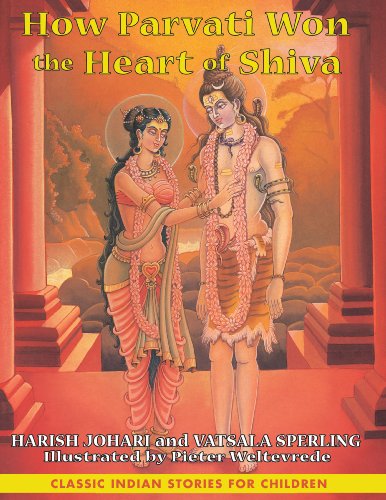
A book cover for How Parvati Won the Heart of Shiva (Classic Indian Stories for Children); Harish Johari; Children's Books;